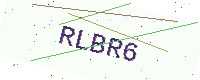
Text: RLBR6